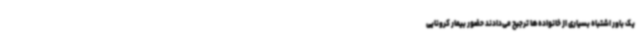
یک باور اشتباه بسیاری از خانواده‌ها ترجیح می‌دادند حضور بیمار کرونایی